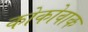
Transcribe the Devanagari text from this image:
कोकोवाक